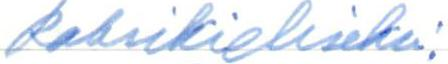
kaksikieliseksi.